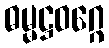
ဓမ္မဋ္ဌဝဂ္ဂေ